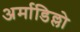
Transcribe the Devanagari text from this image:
अर्माडिल्लो